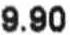
9.90